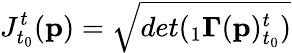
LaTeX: J_{t_{0}}^{t}(\mathbf{p})=\sqrt{det({}_{1}\mathbf{\Gamma}(\mathbf{p})_{t_{0}}^{t})}